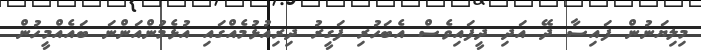
މިލިޔަނުން ފައިސާ ދޭ އަދި ދީފައިވެސް އެބަހުރި ފަގީރު ދިރިއުޅުމެއްގައި އުޅެމުންއަންނަ ބައެއްމީހުން